Leaving Certificate Examination, 1904
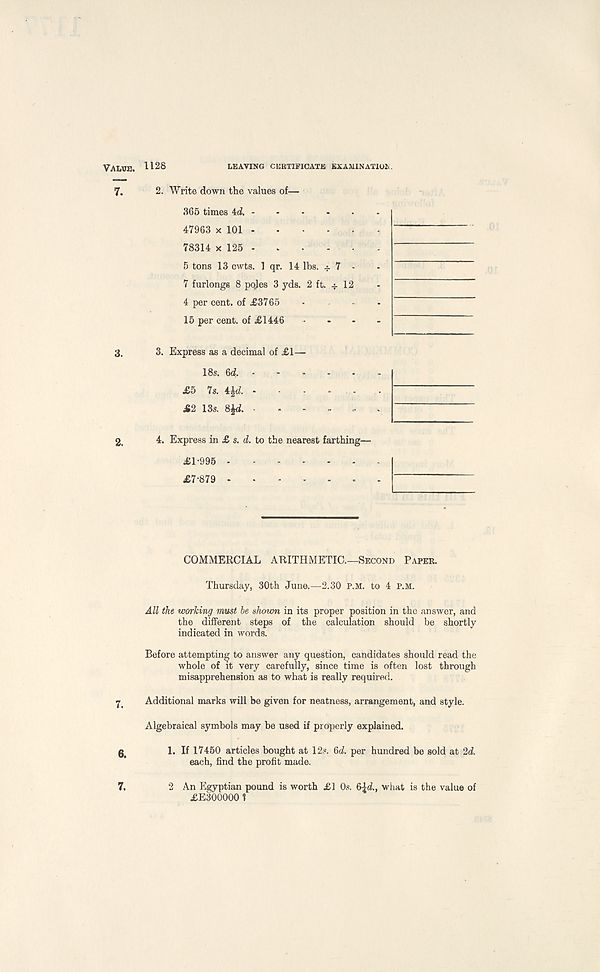
Value. H28
LEAVING CERTIFICATE EXAMINATION.
2. Write down the values of—
365 times 4d.
47963 x 101
78314 x 125
5 tons 13 cwts. 1 qr. 14 lbs. 7 -
7 furlongs 8 pojes 3 yds. 2 ft. 12
4 per cent, of £-3765
15 per cent, of £1446
3. Express as a decimal of £1—
18s. 6d.
£5 7s. 4^.
-
£2 13s. 8£d. •
4. Express in £ s. d. to the nearest farthing—
£1-995
£7-879
COMMERCIAL ARITHMETIC.—Second Paper.
Thursday, 30th June.—2.30 p.m. to 4 p.m.
All the working must be shown in its proper position in the answer, and
the different steps of the calculation should be shortly
indicated in words.
Before attempting to answer any question, candidates should read the
whole of it very carefully, since time is often lost through
misapprehension as to what is really required.
7 Additional marks will be given for neatness, arrangement, and style.
Algebraical symbols may be used if properly explained.
0 <
1. If 17450 articles bought at 12«. &d. per hundred be sold at 2d.
each, find the profit made.
7,
2 An Egyptian pound is worth £1 Os. &\d., what is the value of
£E300000 ?